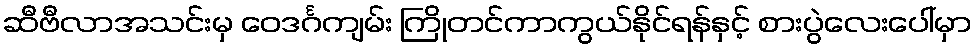
ဆီဗီလာအသင်းမှ ဝေဒင်္ဂကျမ်း ကြိုတင်ကာကွယ်နိုင်ရန်နှင့် စားပွဲလေးပေါ်မှာ